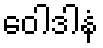
ဝေါဒါနံ